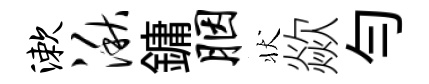
漱湫鏞胭状歘勻